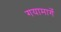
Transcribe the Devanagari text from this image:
गयामार्गे